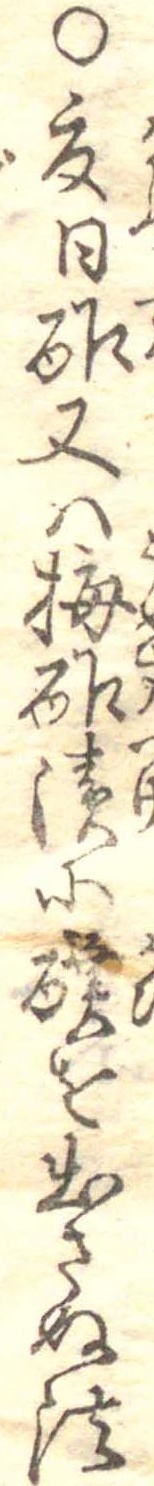
○夏日酢又は梅酢漬に醭を出さぬ法